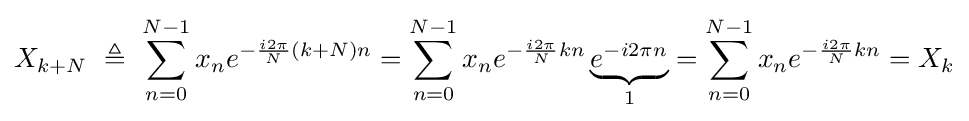
X_{k+N}\ \triangleq \ \sum _{n=0}^{N-1}x_{n}e^{-{\frac {i2\pi }{N}}(k+N)n}=\sum _{n=0}^{N-1}x_{n}e^{-{\frac {i2\pi }{N}}kn}\underbrace {e^{-i2\pi n}} _{1}=\sum _{n=0}^{N-1}x_{n}e^{-{\frac {i2\pi }{N}}kn}=X_{k}